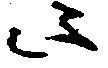
候